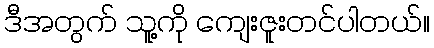
ဒီအတွက် သူ့ကို ကျေးဇူးတင်ပါတယ်။